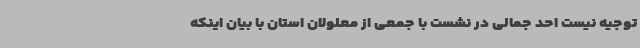
توجیه نیست احد جمالی در نشست با جمعی از معلولان استان با بیان اینکه